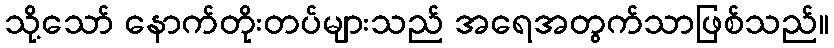
သို့သော် နောက်တိုးတပ်များသည် အရေအတွက်သာဖြစ်သည်။